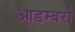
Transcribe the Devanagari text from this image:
आडम्बरो